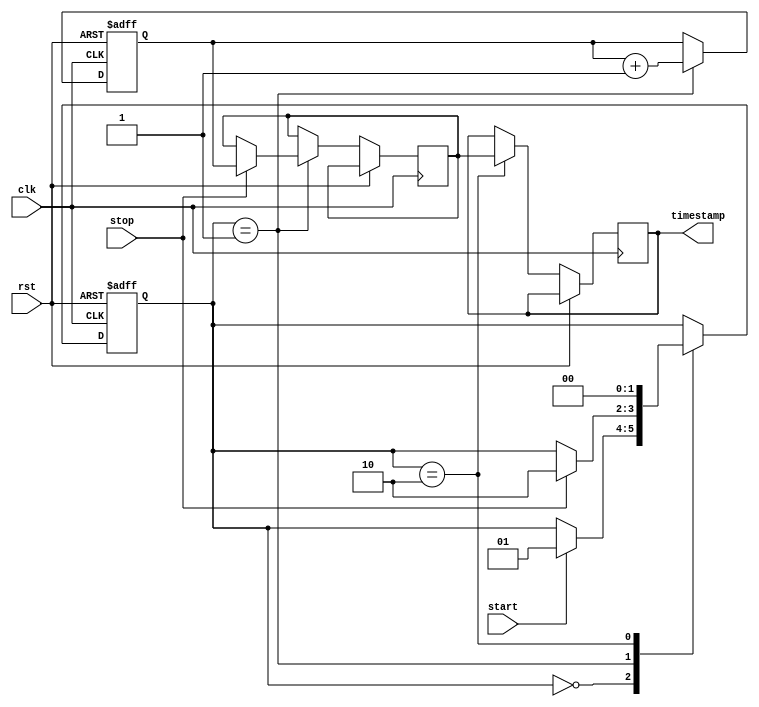
module time_stamping_timer (
    input wire clk,      // main clock signal
    input wire rst,      // reset signal
    input wire start,    // start timer signal
    input wire stop,     // stop timer signal
    output reg [31:0] timestamp // timestamped value
);

reg [31:0] counter;          // high-resolution counter
reg [1:0] state;             // state machine state
reg [31:0] timestamp_value;  // temporary variable to store timestamp value

always @(posedge clk or posedge rst) begin
    if (rst) begin
        state <= 2'b00;     // reset state
        counter <= 32'h0000_0000;
    end
    else begin
        case (state)
            2'b00: begin // idle state
                if (start) begin
                    state <= 2'b01; // start counting
                end
            end
            2'b01: begin // counting state
                counter <= counter + 1; // increment counter
                if (stop) begin
                    state <= 2'b10; // timestamping
                    timestamp_value <= counter; // save timestamp value
                end
            end
            2'b10: begin // timestamping state
                timestamp <= timestamp_value; // update timestamp
                state <= 2'b00; // return to idle state
            end
        endcase
    end
end

endmodule